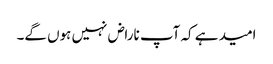
امید ہے کہ آپ ناراض نہیں ہوں گے۔